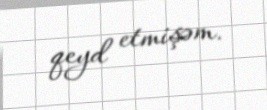
qeyd etmişəm.